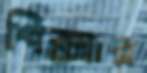
পিক্সার